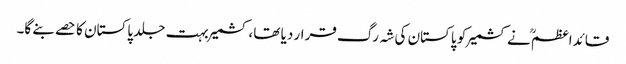
قائداعظمؒ نے کشمیر کو پاکستان کی شہ رگ قرار دیا تھا، کشمیر بہت جلد پاکستان کا حصے بنے گا۔